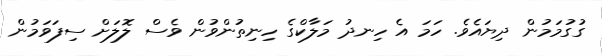
ގުގުމަމުން ދިޔައެވެ. ހަމަ އެ ހިނދު މަލާކްގެ ހިނިތުންވުން ވެސް ލޮލަށް ސިފަވަމުން